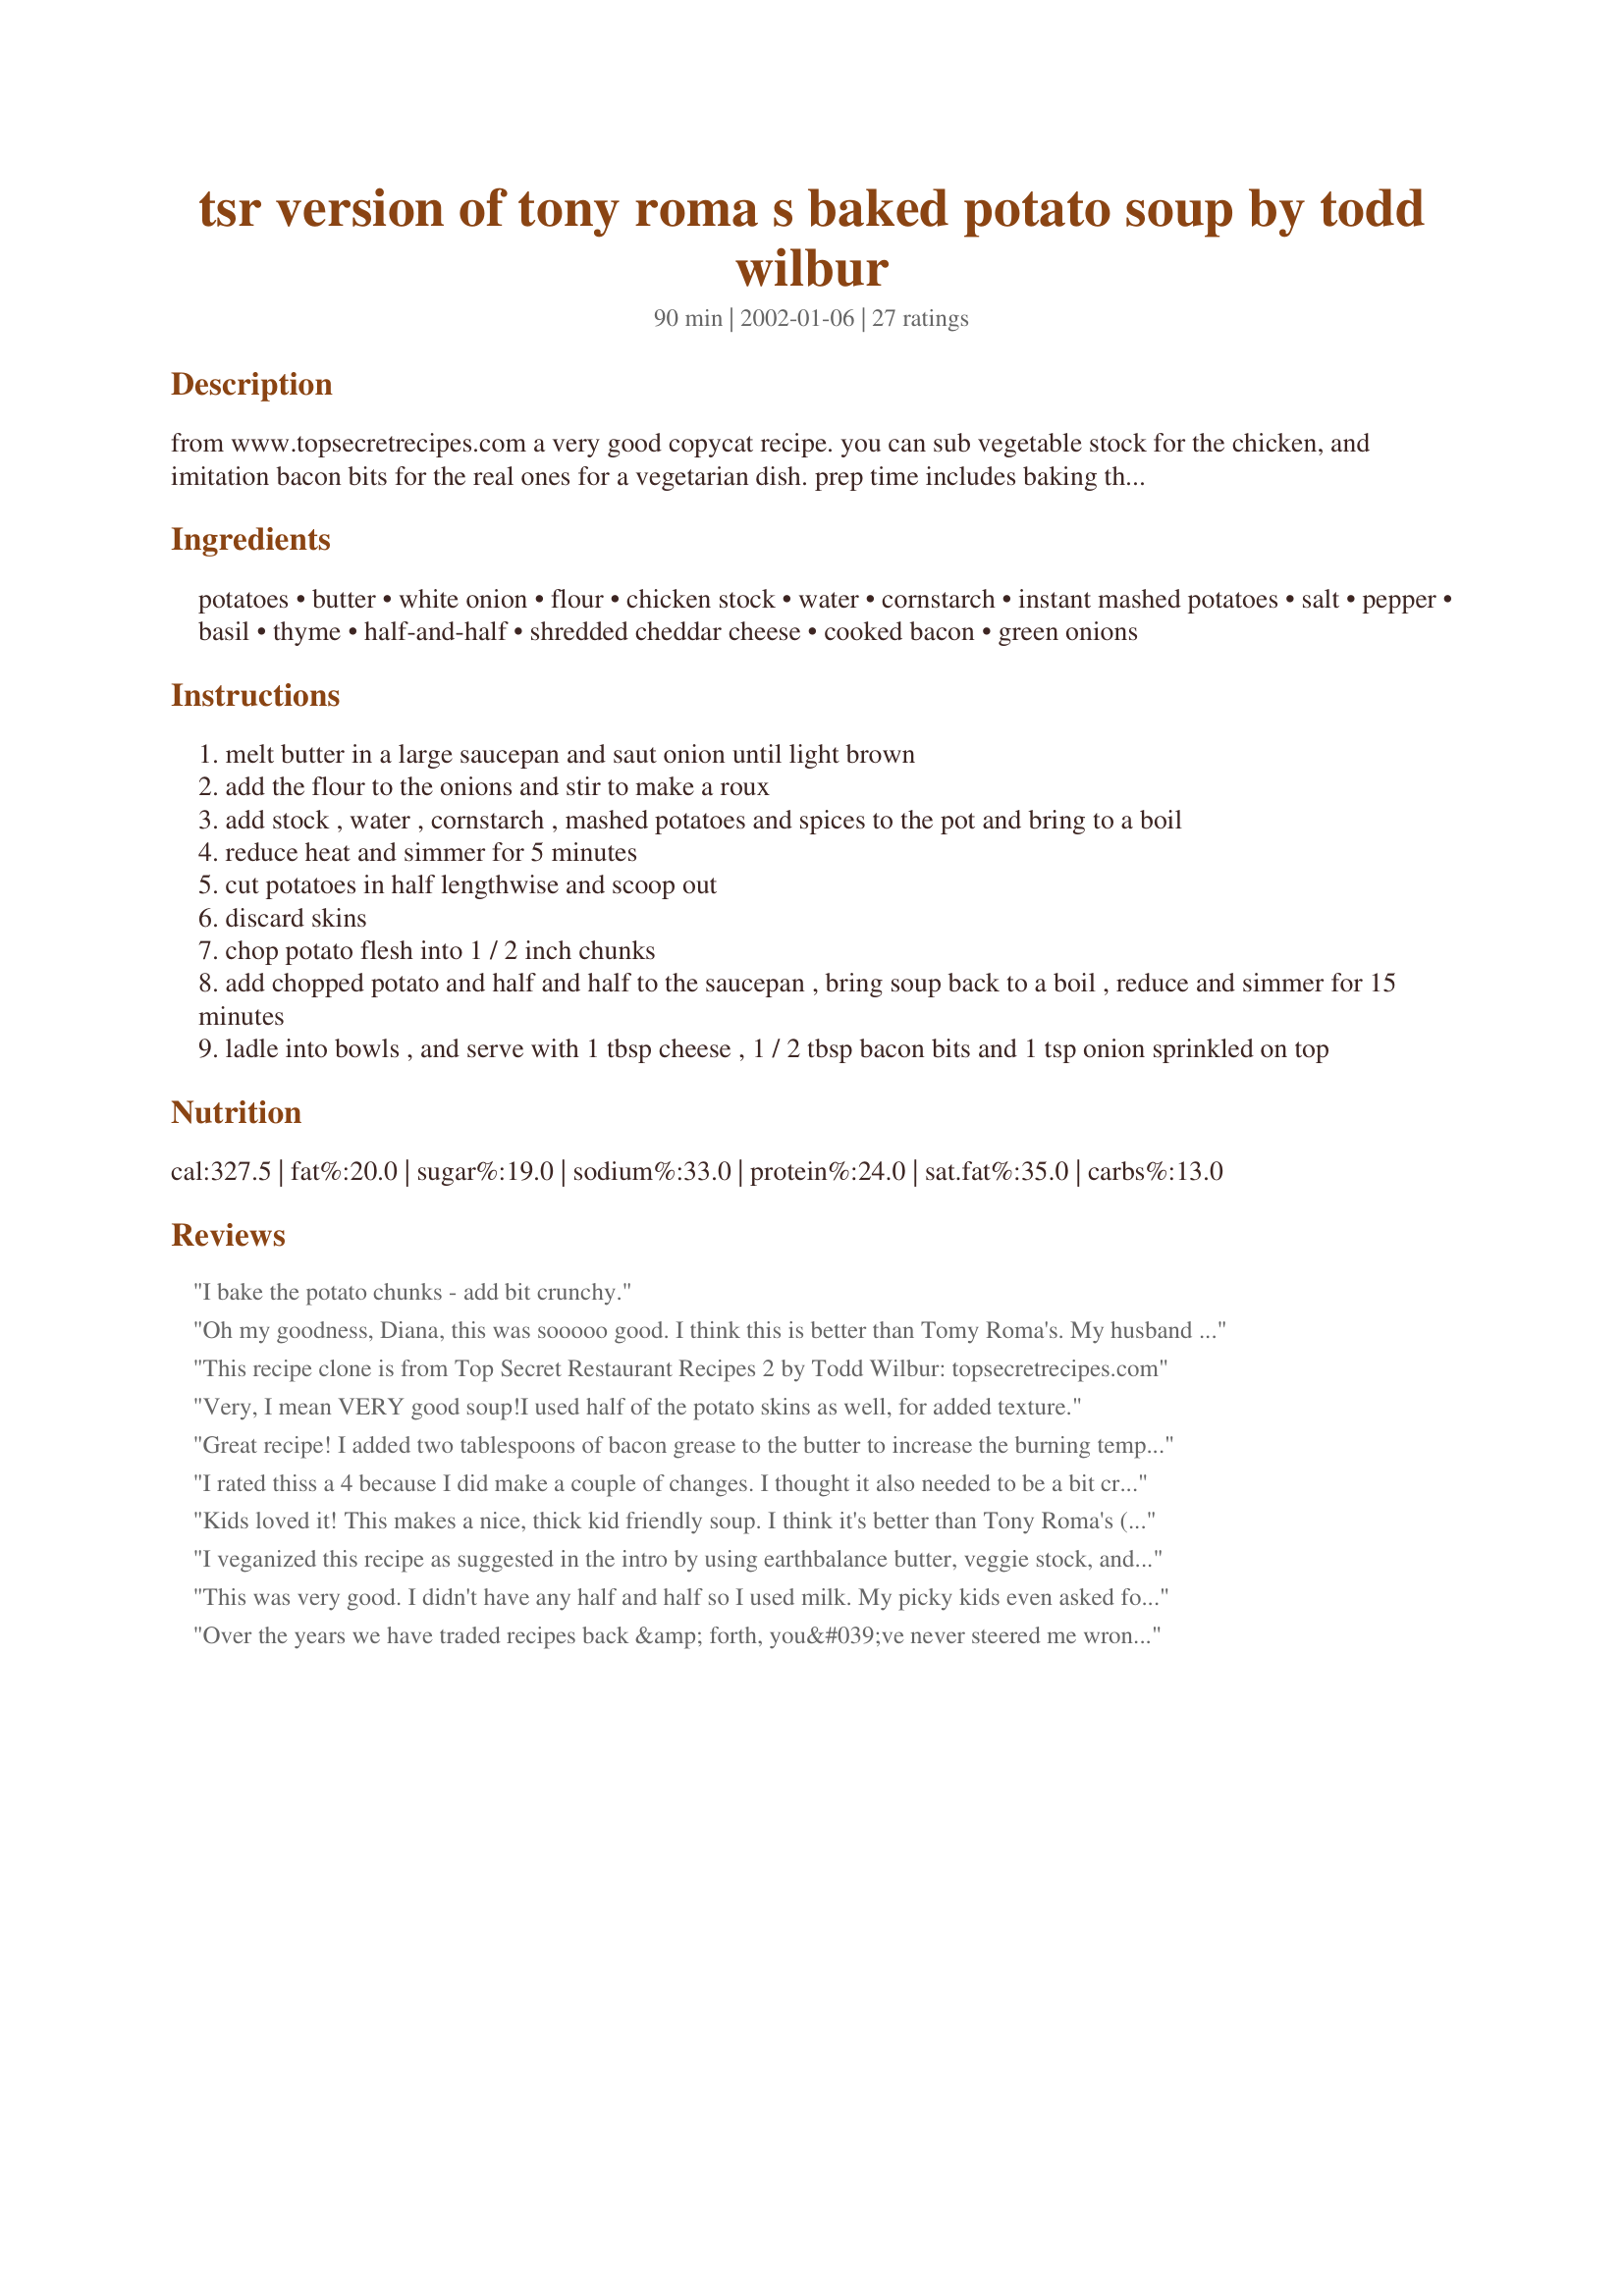
tsr version of tony roma s baked potato soup by todd wilbur
Preparation time: 90 minutes

from www.topsecretrecipes.com a very good copycat recipe. you can sub vegetable stock for the chicken, and imitation bacon bits for the real ones for a vegetarian dish. prep time includes baking the spuds.

Ingredients:
potatoes, butter, white onion, flour, chicken stock, water, cornstarch, instant mashed potatoes, salt, pepper, basil, thyme, half-and-half, shredded cheddar cheese, cooked bacon, green onions

Steps:
melt butter in a large saucepan and saut onion until light brown
add the flour to the onions and stir to make a roux
add stock , water , cornstarch , mashed potatoes and spices to the pot and bring to a boil
reduce heat and simmer for 5 minutes
cut potatoes in half lengthwise and scoop out
discard skins
chop potato flesh into 1 / 2 inch chunks
add chopped potato and half and half to the saucepan , bring soup back to a boil , reduce and simmer for 15 minutes
ladle into bowls , and serve with 1 tbsp cheese , 1 / 2 tbsp bacon bits and 1 tsp onion sprinkled on top

Reviews:
I bake the potato chunks - add bit crunchy.
Oh my goodness, Diana, this was sooooo good. I think this is better than Tomy Roma's. My husband and I really loved this rich, creamy, full of potatoes comforting soup. I used probably 1/2 c. chopped bacon as garnish. Thanks for posting this.
This recipe clone is from Top Secret Restaurant Recipes 2 by Todd Wilbur: topsecretrecipes.com
Very, I mean VERY good soup!I used half of the potato skins as well, for added texture.
Great recipe! I added two tablespoons of bacon grease to the butter to increase the burning temp of the butter and made extra roux so I didn't have to add the cornstarch. Got extra flavor from that. Also instead of salt I added about 5 pieces of crumbled bacon to the soup and real mashed potatoes instead of the instant ones. Don't forget sour cream for the garnish!
I rated thiss a 4 because I did make a couple of changes. I thought it also needed to be a bit creamier so I substituted whole cream in place of the half and half and also added sour cream as a garnish. Family really enjoyed it, it was very fast and easy.
Kids loved it! This makes a nice, thick kid friendly soup. I think it's better than Tony Roma's (probably because it's fresher).I used less salt than listed and left the skins on the potatoes, which I had microwaved instead of baking in the oven.
I veganized this recipe as suggested in the intro by using earthbalance butter, veggie stock, and soymilk for the half-and-half. I also did not include the cornstarch, instant potatoes, or extra water as other reviewers had mentioned. I did not add garnish, instead added imitation bacon bits right in the soup, and it gave it a nice flavor. Easy to make and a good way to use up my extra baked potatoes. Thank you.
This was very good. I didn't have any half and half so I used milk. My picky kids even asked for more. Thanks for sharing.
Over the years we have traded recipes back &amp; forth, you&#039;ve never steered me wrong...&amp; this time you were right on the $. This soup ROCKS! the blend of seasonings added to the soup base with it&#039;s thick creamy texture makes this the Perfect Comfort food. It&#039;s like snuggling up on the couch with a blanket. Thanks for the great recipe.
I don't know Tony Roma, but this soup is excellent. My daughter had some work done on her braces, and her mouth was sore, but she was hungry. I made this for her, but the family loved it (except potato hater boy :( ) I omitted the thyme simply because I had none. And I did omit the cornstarch, too. It just didn't need it. I used skim milk for the half and half, and this still was creamy and yummy. Thanks Dib's!!!
I'm new to the world of Baked Potato soup but not Potato soups in general. This is an excellent soup! I made as directed except for using about 3 cups of mashed potatoes instead of the instant flakes. I guesstimated the the amount assuming that the instant flakes would double in volume. Once the potatoes are baked this is a very fast and easy recipe as well as being totally yummy! Thanks for sharing.
I made this tonight and my dad loved it(as did i!) all in all it turned out quite simular to the tony roma's version.
I didn't have any instant mashed potatoes so i made my own and i didn't have any half and half and all i had was skim milk. so other than that i followed everything exact.
Thanks for the recipe. I see myself making this on cold winter nights!
I made this soup for Sunday dinner and boy what a treat! So creamy & satisfying and had a good rich flavor. I also garnished with more bacon and sauteed the potatoes in a few tsp. of bacon drippings for just a few minutes with a touch of garlic before adding the other ingredients. Served this with nice crusty bread. My husband absolutely thought it was the best I have ever made "if people don't like this then they don't know what good food is". Thanks Diana, we will be making a lot this winter.
I have cooked this several times and it is great! I add two strips of bacon cut into pieces and cooked it with the onion. Adds a special something!
Easy recipe to follow. Omitted the corn starch and instant mashed potatoes, as I didn't see the need since I had plenty of real potatoes which thickened it up quite a bit. Also added 2 tsp of bacon grease since I had it handy. Served it alongside a BLT and the entire family loved it.
This was my first attempt on making this. I love this recipe! My entire family enjoyed this with me as well. Thanks for sharing!
I thought this was really good. It was definitely quick and easy. I nuked the potatoes in the microwave because I was short on time and I didn't have chicken stock so I used chicken broth from a can. It made a great fast dinner that my kids gobbled down. Thanks
I rated this a four as everyone liked it and there were no left overs, but it just wasn't rich and potatoey enough for me. The amount of water seems too much. Next time I believe I would use milk, or half and half and milk in place of the water to richen it up.
This is a wonderful soup~a bowl of warm comfort on a cold winters night!<br/>I followed direction accordingly, I did switch up Vegetable Broth for the Chicken Broth, as that was in stock. <br/>Please don't skip the instant mashed potatoes, it really helps to thicken the "foundation" of this soup.<br/>After all ingredients were added, I then took a manual masher to the potato chunks, and mashed a bit, and left some chunks for a great texture.<br/>I also added (belive it or not, it was awesome) a 1/2 t liquid smoke to this recipe, gave it a smoky depth that was just a hint of "hmmmm, what is that flavor?!!"<br/>Another "go to" recipe from you Di, thank you thank you!
This soup is so yummy! I&#039;ve been making it for years and it&#039;s brilliant as written. I&#039;ve modified it over time: I add 3 cloves of garlic and 1 stalk of celery;
I fry the bacon first and use the bacon grease instead of butter;
I always add a few drops of Tabasco;
And as per another reviewer&#039;s suggestion I add liquid smoke.
 Thanks so much for the recipe- my family adores it. Again, as written it is great, I&#039;ve only altered it to reflect our personal taste.
I served this for dinner one night with grilled ham and cheese sandwiches. It was pretty good. I cooked bacon bits before hand and used the drippings to saute my onions. I also made the roux in a separate pan with butter, since I find it difficult to achieve a smooth result with onions.
very good potato soup. I have had the recipe for years. You do not need to add the cream as if you forget to add you will not notice you missed putting in recipe, though it may make it creamier to the tongue I think it may be a comfort thing.
This is my favorite Potato soup recipe. It is so easy to make and tastes very close to the resturants.
This recipe is very forgiving. I misread the ingredients and added 3 TB of butter then tried to adjust the recipe to compensate. Even with all of the adjustments, my children said it was the best I've ever made, and I've tried quite a few baked potato soup recipes!
I have been using this recipe for years. It is one of my favorite economical comfort go to meals. I have used fat free half and half with equally good results. (Always looking to shave a few calories). Also, as noted by others, microwave the potatoes to save time. Try it, you'll like it!
This is without a doubt the best potato soup to ever grace your lips!! Try it! You can also boil the potatoes...and it works fine too. Yummo!!
